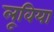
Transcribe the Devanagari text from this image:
लूविया